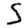
Digit: 5